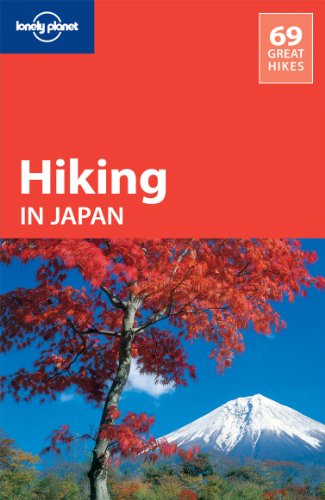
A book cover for Lonely Planet Hiking in Japan (Travel Guide); Lonely Planet; Travel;